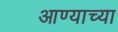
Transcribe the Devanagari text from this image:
आण्याच्या